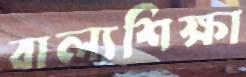
বাল্যশিক্ষা